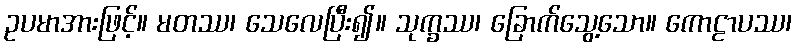
ဥပမာအားဖြင့်။ မတဿ၊ သေလေပြီး၍။ သုက္ခဿ၊ ခြောက်သွေ့သော။ ကောဠာပဿ၊